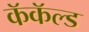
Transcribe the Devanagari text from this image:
कॅकॅल्ड